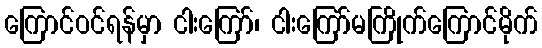
ကြောင်ဝင်ရန်မှာ ငါးကြော်၊ ငါးကြော်မကြိုက်ကြောင်မိုက်